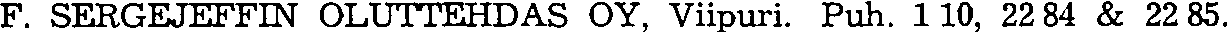
F. SERGEJEFFIN OLUTTEHDAS OY, Viipuri. Puh. 1 10, 22 84 & 22 85.